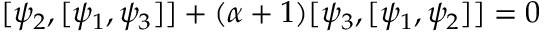
[ \psi _ { 2 } , [ \psi _ { 1 } , \psi _ { 3 } ] ] + ( \alpha + 1 ) [ \psi _ { 3 } , [ \psi _ { 1 } , \psi _ { 2 } ] ] = 0